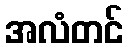
အလံတင်